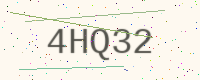
Text: 4HQ32